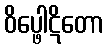
ဝိပ္ဖေါဋိတော